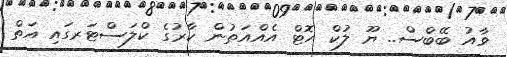
ވާއު ބޭބްސް.. ޔޫ ލުކް ހޮޓް އެއްއަތުން ކާރުގެ ކްލަސްޓަރގައި އަތް